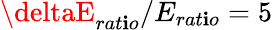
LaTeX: \deltaE_{rat\mathbf{i}o}/E_{rat\mathbf{i}o}=5\,